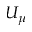
U _ { \mu }